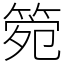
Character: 箢